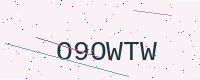
Text: O9OWTW